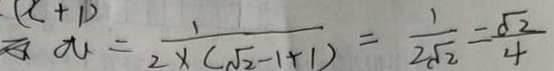
w = \frac { 1 } { 2 \times ( \sqrt { 2 } - 1 + 1 ) } = \frac { 1 } { 2 \sqrt { 2 } } = \frac { \sqrt { 2 } } { 4 }